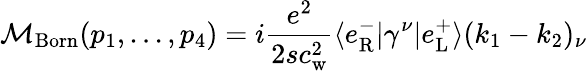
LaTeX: {\cal M}_{\mathrm{Born}}(p_{1},...,p_{4})=i\frac{e^{2}}{2sc_{\mathrm{w}}^{2}}\langle e_{\mathrm{R}}^{-}|\gamma^{\nu}|e_{\mathrm{L}}^{+}\rangle(k_{1}-k_{2})_{\nu}